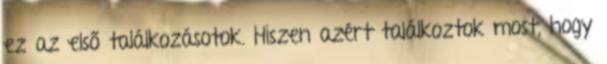
ez az első találkozásotok. Hiszen azért találkoztok most, hogy